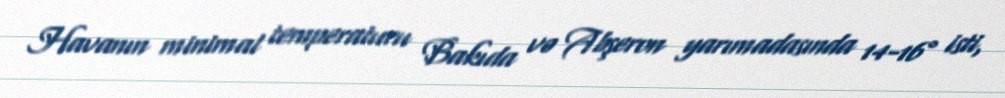
Havanın minimal temperaturu Bakıda və Abşeron yarımadasında 14-16° isti,